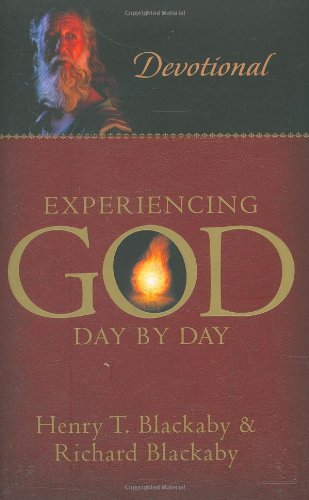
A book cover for Experiencing God Day by Day: Devotional; Henry T. Blackaby; Christian Books & Bibles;